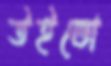
উইন্ডো